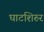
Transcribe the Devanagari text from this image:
घाटशिरुर